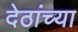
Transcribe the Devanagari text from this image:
देठांच्या